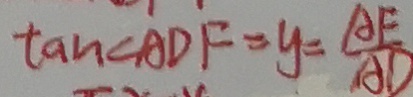
\tan \angle A D F = y = \frac { A E } { A D }